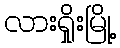
လားရှိုးမြို့